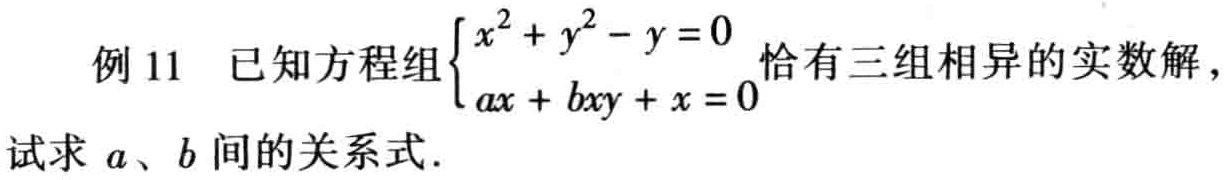
例11 已知方程组$\begin{cases}x^{2}+y^{2}-y = 0\\ax + bxy + x = 0\end{cases}$恰有三组相异的实数解，试求$a$、$b$间的关系式.